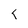
Character: T